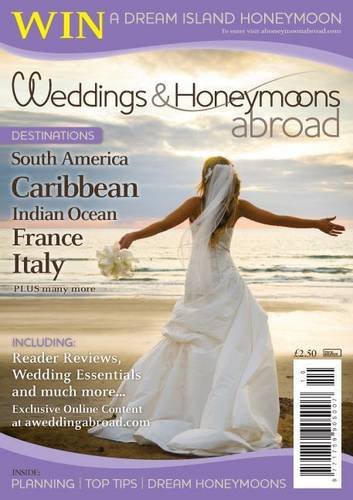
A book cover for Weddings & Honeymoons Abroad; Crafts, Hobbies & Home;